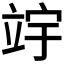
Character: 𫁢